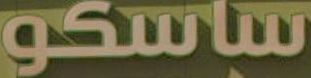
ساسكو